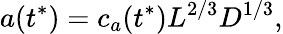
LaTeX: a(t^{*})=c_{a}(t^{*})L^{2/3}D^{1/3},